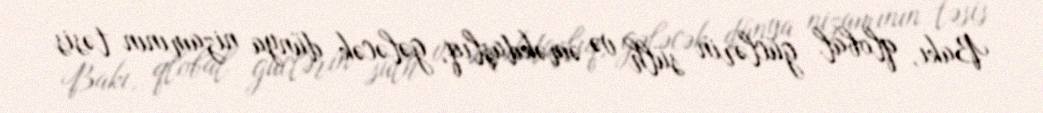
Bakı, qlobal güclərin sülh və əməkdaşlıq, gələcək dünya nizamının təsis